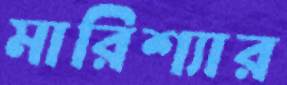
মারিশ্যার